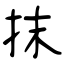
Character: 抹